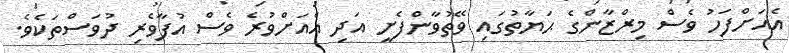
އެއަށްފަހު ވެސް މިރްޒާންގެ ޙަޔާތުގައި ވޭތުވާންފެށީ އަދި އެއަށްވުރެ ވެސް އުފާވެރި ދުވަސްތަކެވެ.